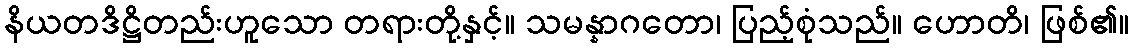
နိယတဒိဋ္ဌိတည်းဟူသော တရားတို့နှင့်။ သမန္နာဂတော၊ ပြည့်စုံသည်။ ဟောတိ၊ ဖြစ်၏။